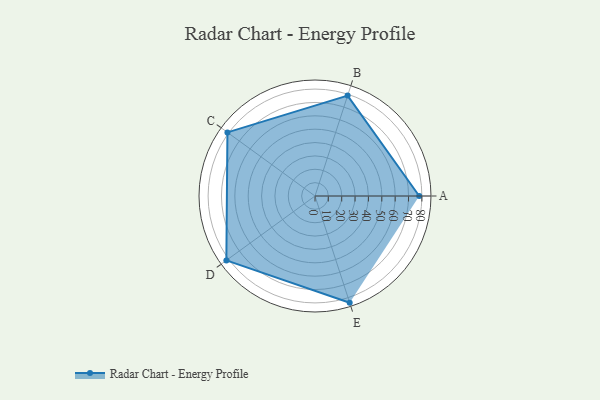
{"axis": {"x": "Skill", "y": "Score"}, "legend": ["Profile"], "data": [{"x": "A", "y": 78.0, "type": "Profile"}, {"x": "B", "y": 79.0, "type": "Profile"}, {"x": "C", "y": 81.0, "type": "Profile"}, {"x": "D", "y": 82.0, "type": "Profile"}, {"x": "E", "y": 84.0, "type": "Profile"}]}